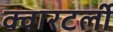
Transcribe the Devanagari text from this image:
क्वारटर्ली